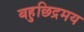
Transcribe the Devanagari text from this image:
बहुछिद्रमय